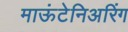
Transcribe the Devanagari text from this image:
माऊंटेनिअरिंग